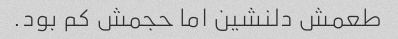
طعمش دلنشین اما حجمش کم بود.